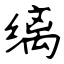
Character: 缡